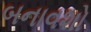
બનાવશો